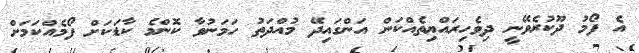
އެ ފޯމު ދޫކުރެވޭނީ ދިވެހިރައްޔިތެއްކަން އަންގައިދޭ މުއްދަތު ހަމަނުވާ ކޮންމެ ކާޑަކަށް ފޯމެއްކަމަށް